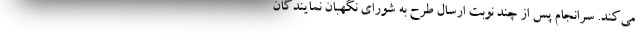
می‌کند. سرانجام پس از چند نوبت ارسال طرح به شورای نگهبان نمایندگان